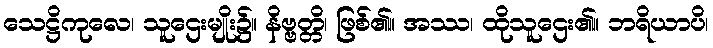
သေဋ္ဌိကုလေ၊ သူဌေးမျိုး၌။ နိဗ္ဗတ္တိ၊ ဖြစ်၏။ အဿ၊ ထိုသူဌေး၏။ ဘရိယာပိ၊